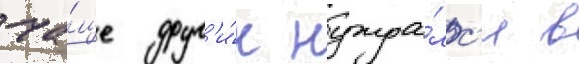
ча́ще друг'и́х нужда́лс'я в